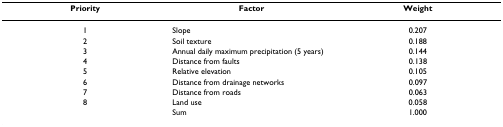
<table><thead><tr><td><b>Priority</b></td><td><b>Factor</b></td><td><b>Weight</b></td></tr></thead><tbody><tr><td>1</td><td>Slope</td><td>0.207</td></tr><tr><td>2</td><td>Soil texture</td><td>0.188</td></tr><tr><td>3</td><td>Annual daily maximum precipitation (5 years)</td><td>0.144</td></tr><tr><td>4</td><td>Distance from faults</td><td>0.138</td></tr><tr><td>5</td><td>Relative elevation</td><td>0.105</td></tr><tr><td>6</td><td>Distance from drainage networks</td><td>0.097</td></tr><tr><td>7</td><td>Distance from roads</td><td>0.063</td></tr><tr><td>8</td><td>Land use</td><td>0.058</td></tr><tr><td></td><td>Sum</td><td>1.000</td></tr></tbody></table>